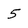
Character: 5